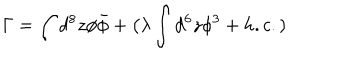
\Gamma = \int d ^ { 8 } z \phi \bar { \phi } + \big ( \lambda \int d ^ { 6 } z { \phi } ^ { 3 } + h . c . )